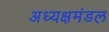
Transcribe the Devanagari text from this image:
अध्यक्षमंडल